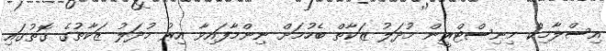
އިސްލާމިކް މިނިސްޓްރީން މުދަލު ޒަކާތް ބެހުމަށް ނިންމާފައިވާ އިރު މުދަލު ޒަކާތުގެ ގޮތުގައި